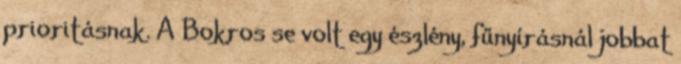
prioritásnak. A Bokros se volt egy észlény, fűnyírásnál jobbat